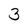
Character: 3